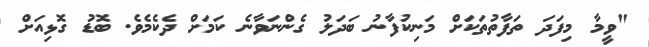
"ވީމާ މިފަދަ ތަފާތުތަކަށް މަނިކުފާނު ބަދަލު ގެންނަވާނެ ކަމަށް ދެކެމެވެ. ބޮޑު ގޮޅިއަށް